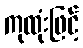
ကုထုံးဖြင့်